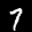
Label: 7